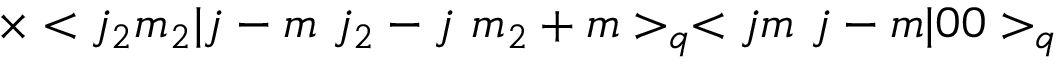
\times < j _ { 2 } m _ { 2 } | j - m \ j _ { 2 } - j \ m _ { 2 } + m > _ { q } < j m \ j - m | 0 0 > _ { q }